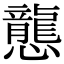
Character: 𢤲